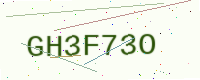
Text: GH3F73O